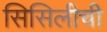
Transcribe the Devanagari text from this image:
सिसिलीची